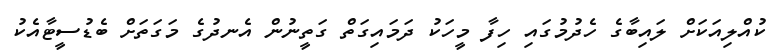
ކުއްލިއަކަށް ލައިބާގެ ހެދުމުގައި ހިފާ މީހަކު ދަމައިގަތް ގަތީނުން އެނދުގެ މަގަތަށް ބެޑުސީޓާއެކު